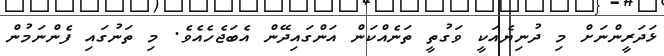
ޅަދަރީންނަށް މި ދުނިޔެއަކީ ވަގުތީ ތަނެއްކަން އަންގައިދޭން އެބަޖެހެއެވެ. މި ތަނުގައި ފެންނަމުން